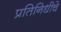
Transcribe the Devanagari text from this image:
प्रतिनिधीचे